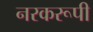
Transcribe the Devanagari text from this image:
नरकरूपी